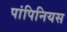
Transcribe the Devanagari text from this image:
पांपिनियस